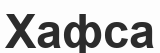
Хафса